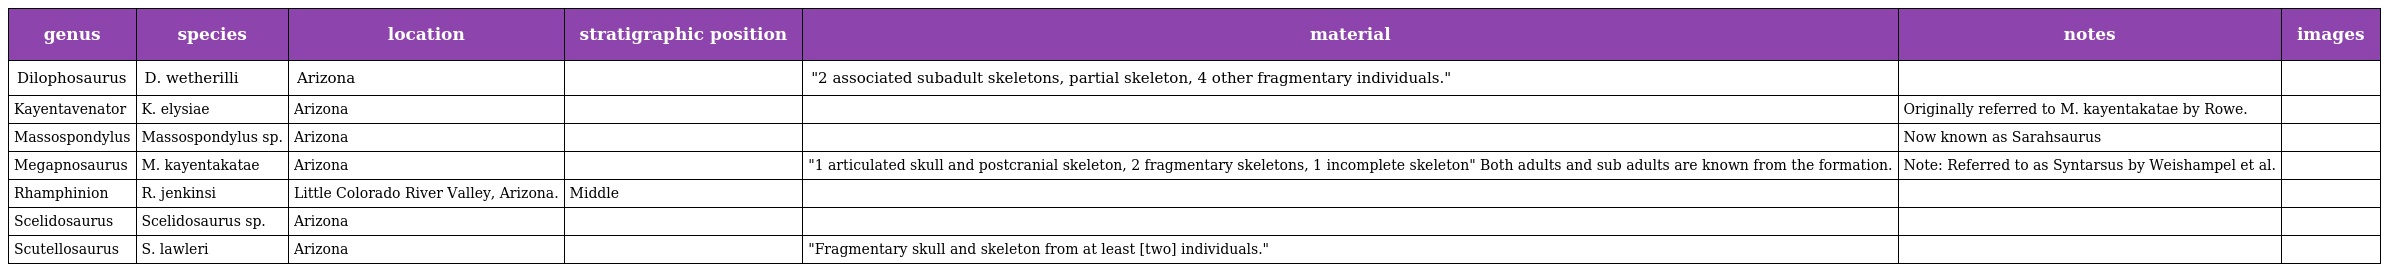
| genus | species | location | stratigraphic position | material | notes | images |
 | --- | --- | --- | --- | --- | --- | --- |
 | Dilophosaurus | D. wetherilli | Arizona |  | "2 associated subadult skeletons, partial skeleton, 4 other fragmentary individuals." |  |  |
 | Kayentavenator | K. elysiae | Arizona |  |  | Originally referred to M. kayentakatae by Rowe. |  |
 | Massospondylus | Massospondylus sp. | Arizona |  |  | Now known as Sarahsaurus |  |
 | Megapnosaurus | M. kayentakatae | Arizona |  | "1 articulated skull and postcranial skeleton, 2 fragmentary skeletons, 1 incomplete skeleton" Both adults and sub adults are known from the formation. | Note: Referred to as Syntarsus by Weishampel et al. |  |
 | Rhamphinion | R. jenkinsi | Little Colorado River Valley, Arizona. | Middle |  |  |  |
 | Scelidosaurus | Scelidosaurus sp. | Arizona |  |  |  |  |
 | Scutellosaurus | S. lawleri | Arizona |  | "Fragmentary skull and skeleton from at least [two] individuals." |  |  |